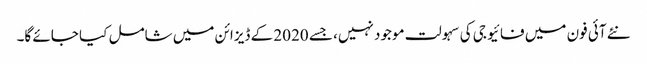
نئے آئی فون میں فائیو جی کی سہولت موجود نہیں، جسے 2020 کے ڈیزائن میں شامل کیا جائے گا۔